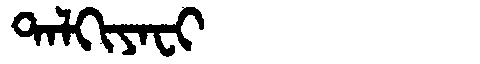
Manchu: ᡨᠠᠯᡴᡳᠶᠠᠸᡳ
Romanization: TALKIYAFI